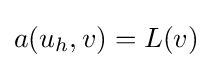
a(u_{h},v)=L(v)